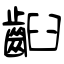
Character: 齨